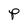
Character: P